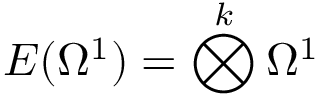
E ( \Omega ^ { 1 } ) = \bigotimes ^ { k } \Omega ^ { 1 }